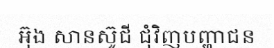
អ៊ុង សានស៊ូជី ជុំវិញបញ្ហាជន